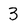
Character: 3